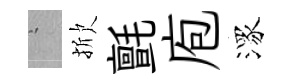
搖掀氈庖潈